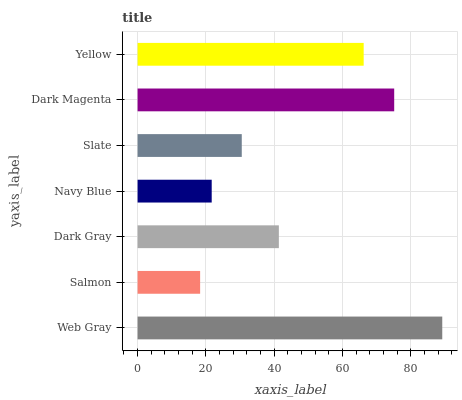
| yaxis_label | bars |
 | --- | --- |
 | Web Gray | 89.2 |
 | Salmon | 18.3 |
 | Dark Gray | 41.4 |
 | Navy Blue | 21.7 |
 | Slate | 30.5 |
 | Dark Magenta | 75.1 |
 | Yellow | 66.2 |